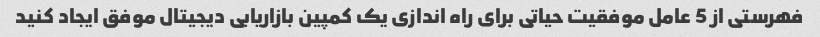
فهرستی از 5 عامل موفقیت حیاتی برای راه اندازی یک کمپین بازاریابی دیجیتال موفق ایجاد کنید